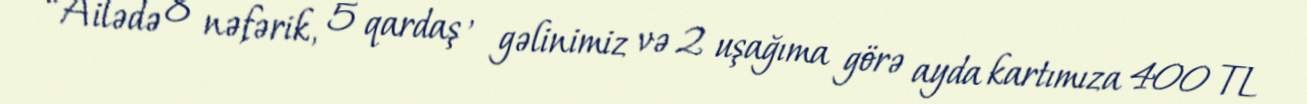
“Ailədə 8 nəfərik, 5 qardaş , gəlinimiz və 2 uşağıma görə ayda kartımıza 400 TL